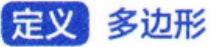
定义 多边形